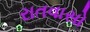
રાતવાસો